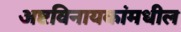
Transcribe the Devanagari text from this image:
अष्टविनायकांमधील